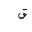
Letter: _qaf